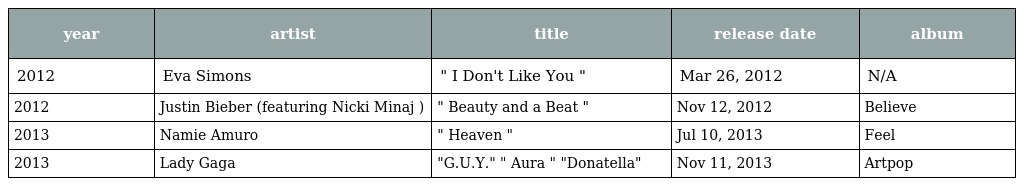
| year | artist | title | release date | album |
 | --- | --- | --- | --- | --- |
 | 2012 | Eva Simons | " I Don't Like You " | Mar 26, 2012 | N/A |
 | 2012 | Justin Bieber (featuring Nicki Minaj ) | " Beauty and a Beat " | Nov 12, 2012 | Believe |
 | 2013 | Namie Amuro | " Heaven " | Jul 10, 2013 | Feel |
 | 2013 | Lady Gaga | "G.U.Y." " Aura " "Donatella" | Nov 11, 2013 | Artpop |